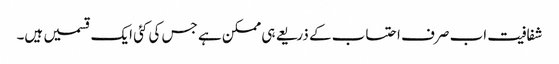
شفافیت اب صرف احتساب کے ذریعے ہی ممکن ہے جس کی کئی ایک قسمیں ہیں۔